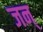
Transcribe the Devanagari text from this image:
जन्‌